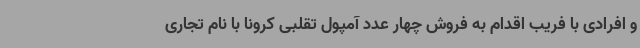
و افرادی با فریب اقدام به فروش چهار عدد آمپول تقلبی کرونا با نام تجاری